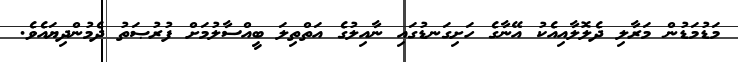
މަޑުމަޑުން މަރާލި ދެލޮލާއިއެކު އޭނާގެ ހަށިގަނޑުގައި ނާއިލުގެ އަތްތިލަ ބީއްސާލުމަށް ފުރުޞަތު ދެމުންދިޔައެވެ.